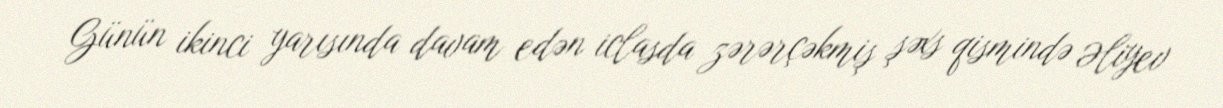
Günün ikinci yarısında davam edən iclasda zərərçəkmiş şəxs qismində Əliyev